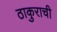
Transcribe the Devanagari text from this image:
ठाकुराची